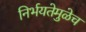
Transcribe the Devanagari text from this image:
निर्भयतेमुळेच